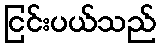
ငြင်းပယ်သည်